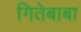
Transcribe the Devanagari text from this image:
गितेबाबा